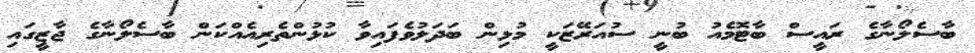
ބާސެލޯނާގެ ރައީސް ބާޓޮމެއު ބުނީ ސުއަރޭޒަކީ މުޅިން ބަދަލުވެފައިވާ ކުޅުންތެރިއެއްކަން ބާސެލޯނާގެ ޖާޒީގައި